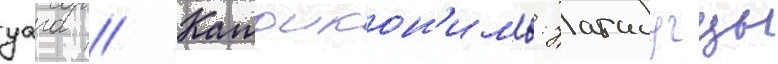
уага // Катоикон'имы: уагадугцы